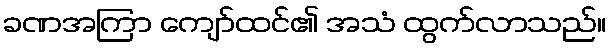
ခဏအကြာ ကျော်ထင်၏ အသံ ထွက်လာသည်။